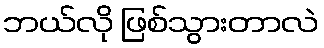
ဘယ်လို ဖြစ်သွားတာလဲ